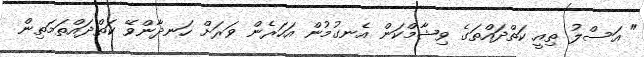
" އަސްލު ތިއީ ކަތްދައްތަގެ ވިޝާމްކަން އެނގުމުން އަހަރެން ވަރަށް ހަނދާންވޭ ކަތްދައްތަމަތިން